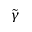
\tilde { \gamma }